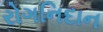
રોગનિદાન